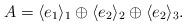
LaTeX: \begin{align*} A= \langle e_1 \rangle_{1} \oplus \langle e_2 \rangle_{2}\oplus \langle e_2 \rangle_{3}. \end{align*}